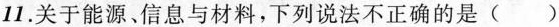
11.关于能源、信息与材料，下列说法不正确的是( )